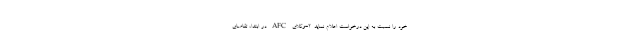
خود را نسبت به این درخواست اعلام نماید. ۲-وکلای AFC در ابتدا، تقاضای